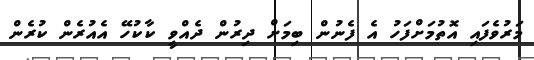
މަރުވެފައި އޮތުމަށްފަހު އެ ފެނުން ބިމަށް ދިރުން ދެއްވީ ކާކުހޭ އެއުރެން ކުރެން